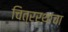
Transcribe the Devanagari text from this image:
चित्ररथाचा